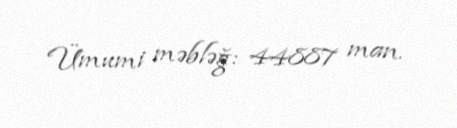
Ümumi məbləğ: 44887 man.